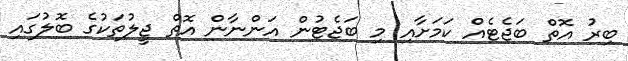
ބިރު އޮތް ބަޖެޓެއް ކަމަށާއި މި ބަޖެޓުން އަންނާން އޮތް ޖީލުތަކުގެ ބޮލުގައި